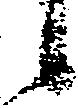
候